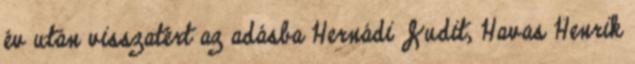
év után visszatért az adásba Hernádi Judit, Havas Henrik